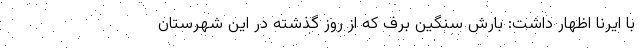
با ایرنا اظهار داشت: بارش سنگین برف که از روز گذشته در این شهرستان